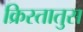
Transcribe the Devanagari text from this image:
क्रिस्‍तातुस